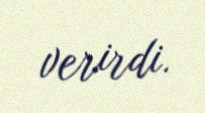
verirdi.